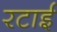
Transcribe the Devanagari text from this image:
रटाई